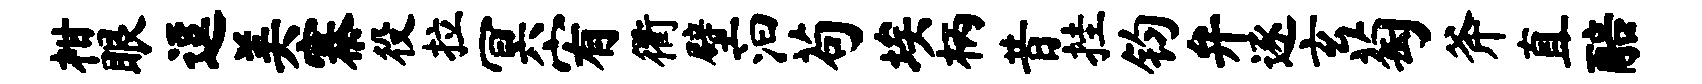
柑眼逗美寨役拉冥宥衢壁汩苟埃柄昔挂钧弁逐玄萄斧直醅